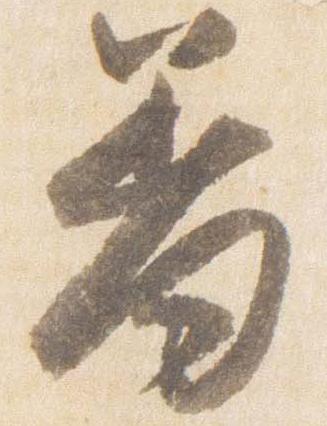
羞